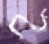
לח